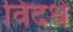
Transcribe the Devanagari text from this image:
विदधे